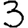
Digit: 3